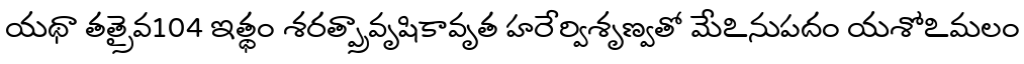
యథా తత్రైవ104 ఇత్థం శరత్ప్రావృషికావృత హరేర్విశృణ్వతో మేఽనుపదం యశోఽమలం